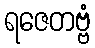
ရဇေတဗ္ဗံ